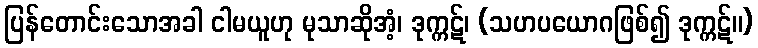
ပြန်တောင်းသောအခါ ငါမယူဟု မုသာဆိုအံ့၊ ဒုက္ကဋ်၊ (သဟပယောဂဖြစ်၍ ဒုက္ကဋ်။)